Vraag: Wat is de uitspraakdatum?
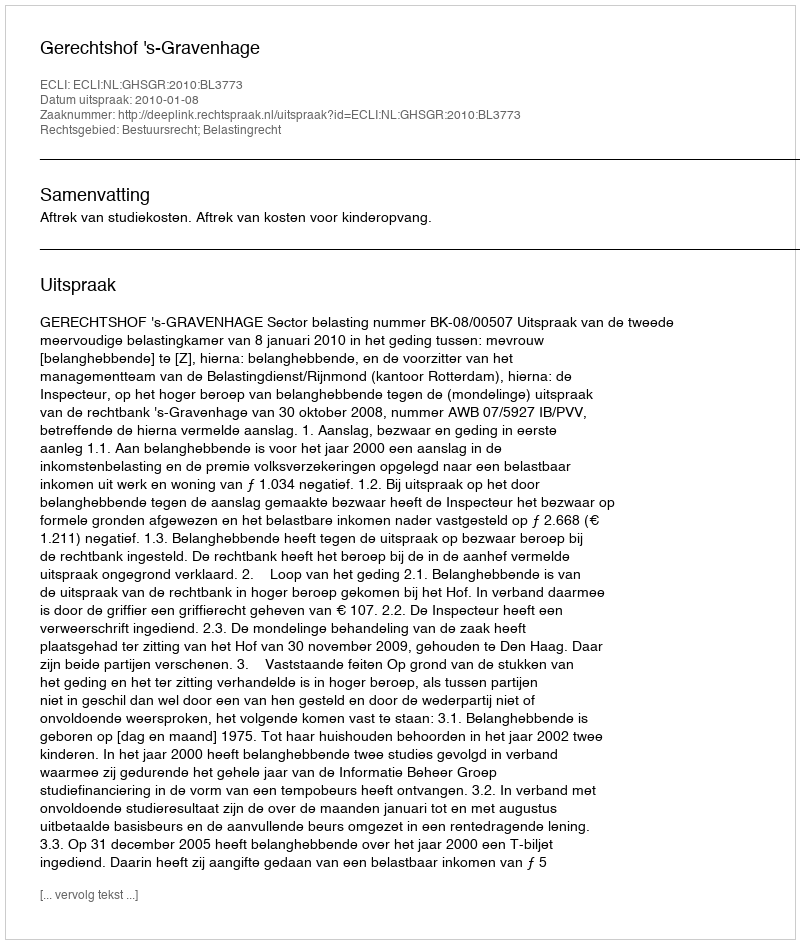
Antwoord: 2010-01-08